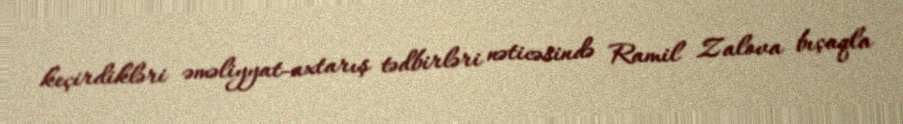
keçirdikləri əməliyyat-axtarış tədbirləri nəticəsində Ramil Zalova bıçaqla